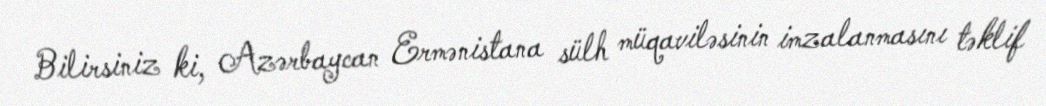
Bilirsiniz ki, Azərbaycan Ermənistana sülh müqaviləsinin imzalanmasını təklif